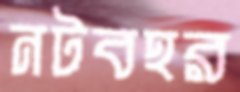
নটবহর